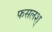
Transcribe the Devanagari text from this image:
फसलश्